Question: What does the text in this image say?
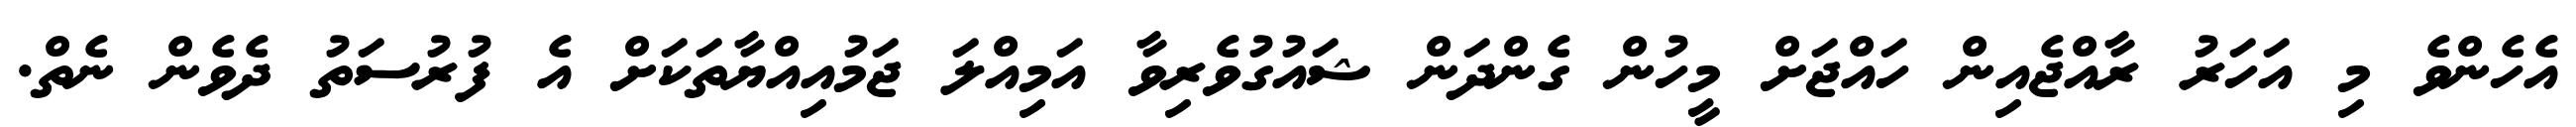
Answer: އެހެންވެ މި އަހަރު ރާއްޖެއިން ހައްޖަށް މީހުން ގެންދަން ޝައުގުވެރިވާ އަމިއްލަ ޖަމުއިއްޔާތަކަށް އެ ފުރުސަތު ދެވެން ނެތް.